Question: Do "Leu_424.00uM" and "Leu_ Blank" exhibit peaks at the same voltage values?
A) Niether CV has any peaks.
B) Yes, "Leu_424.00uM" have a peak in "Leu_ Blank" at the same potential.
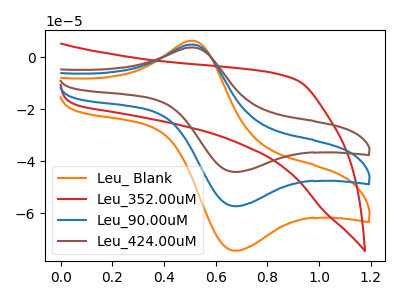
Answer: <think>The orange curve "Leu_ Blank" has an anodic peak at (0.50V, 6.35uA) and a cathodic peak at (0.70V, -74.35uA). The red curve "Leu_352.00uM" has no peaks. The blue curve "Leu_90.00uM" has an anodic peak at (0.50V, 4.90uA) and a cathodic peak at (0.70V, -57.25uA). The brown curve "Leu_424.00uM" has an anodic peak at (0.50V, 9.80uA) and a cathodic peak at (0.70V, -114.50uA).</think>
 <answer>B) Yes, "Leu_424.00uM" have a peak in "Leu_ Blank" at the same potential.</answer>
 <eval>B</eval>